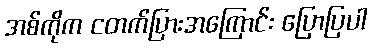
အစ်ကိုက ငတက်ပြားအကြောင်း ပြောပြပါ